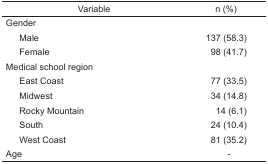
<table><thead><tr><td><b>Variable</b></td><td><b>n (%)</b></td></tr></thead><tbody><tr><td colspan="2">Gender</td></tr><tr><td> Male</td><td>137 (58.3)</td></tr><tr><td> Female</td><td>98 (41.7)</td></tr><tr><td colspan="2">Medical school region</td></tr><tr><td> East Coast</td><td>77 (33.5)</td></tr><tr><td> Midwest</td><td>34 (14.8)</td></tr><tr><td> Rocky Mountain</td><td>14 (6.1)</td></tr><tr><td> South</td><td>24 (10.4)</td></tr><tr><td> West Coast</td><td>81 (35.2)</td></tr><tr><td>Age</td><td>-</td></tr></tbody></table>